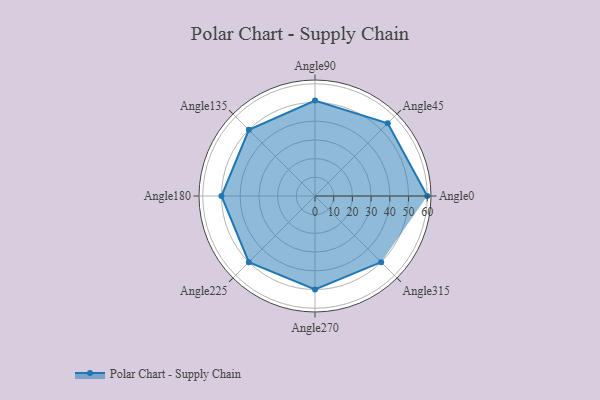
{"axis": {"x": "Angle", "y": "Radius"}, "legend": [""], "data": [{"x": "Angle0", "y": 60.0, "type": ""}, {"x": "Angle45", "y": 55.0, "type": ""}, {"x": "Angle90", "y": 51.0, "type": ""}, {"x": "Angle135", "y": 50, "type": ""}, {"x": "Angle180", "y": 50, "type": ""}, {"x": "Angle225", "y": 50, "type": ""}, {"x": "Angle270", "y": 50, "type": ""}, {"x": "Angle315", "y": 50, "type": ""}]}